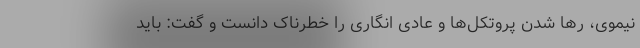
نیموی، رها شدن پروتکل‌ها و عادی انگاری را خطرناک دانست و گفت: باید